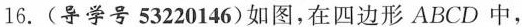
16.(导学号53220146)如图，在四边形ABCD中，